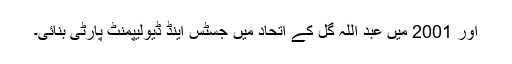
اور 2001 میں عبد اللہ گل کے اتحاد میں جسٹس اینڈ ڈیولیپمنٹ پارٹی بنائی۔